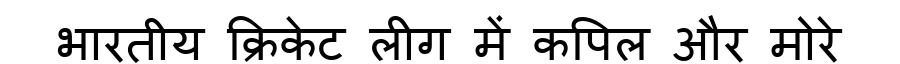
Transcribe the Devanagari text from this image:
भारतीय क्रिकेट लीग में कपिल और मोरे